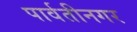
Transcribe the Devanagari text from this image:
पार्वतीनगर